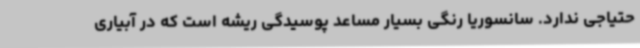
حتیاجی ندارد. سانسوریا رنگی بسیار مساعد پوسیدگی ریشه است که در آبیاری